Scottish Leaving Certificate Examination, 1951
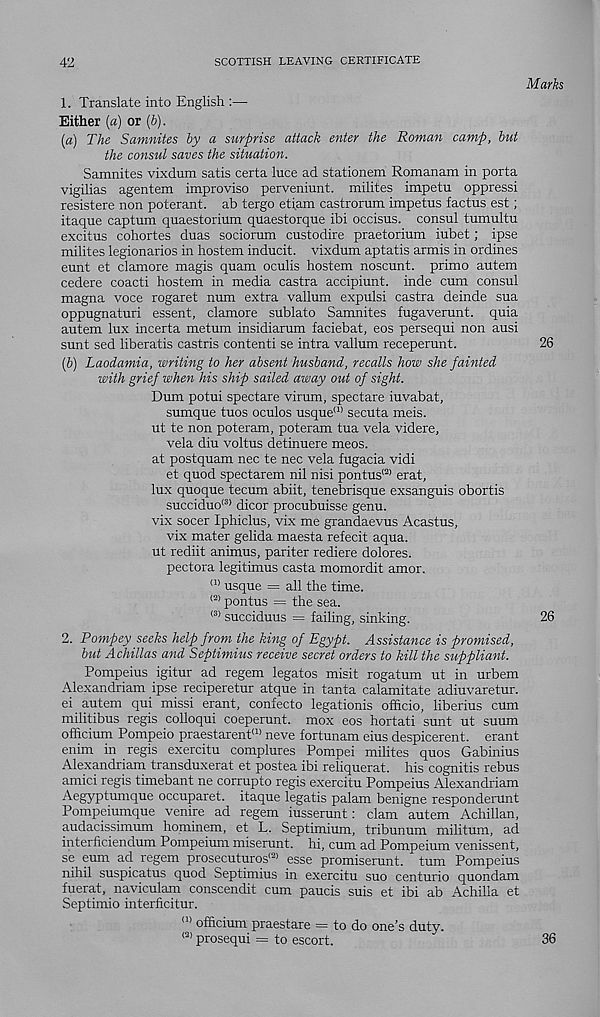
42
SCOTTISH LEAVING CERTIFICATE
Marks
1. Translate into English :—•
Either (a) or (b).
(a) The Samnites by a surprise attack enter the Roman camp, but
the consul saves the situation.
Samnites vixdum satis certa luce ad stationem Romanam in porta
vigilias agentem improviso perveniunt. milites impetu oppressi
resistere non poterant. ab tergo etiam castrorum impetus factus est;
itaque captum quaestorium quaestorque ibi occisus. consul tumultu
excitus cohortes duas sociorum custodire praetorium iubet; ipse
milites legionarios in hostem inducit. vixdum aptatis armis in ordines
eunt et clamore magis quam oculis hostem noscunt. primo autem
cedere coacti hostem in media castra accipiunt. inde cum consul
magna voce rogaret num extra vallum expulsi castra deinde sua
oppugnaturi essent, clamore sublato Samnites fugaverunt. quia
autem lux incerta metum insidiarum faciebat, eos persequi non ausi
sunt sed liberatis castris content! se intra vallum receperunt.
26
(V) Laodamia, writing to her absent husband, recalls how she fainted
with grief when his ship sailed away out of sight.
Dum potui spectare virum, spectare iuvabat,
sumque tuos oculos usque' 11 secuta meis.
ut te non poteram, poteram tua vela videre,
vela diu voltus detinuere meos.
at postquam nec te nec vela fugacia vidi
et quod spectarem nil nisi pontus' 21 erat,
lux quoque tecum abiit, tenebrisque exsanguis obortis
succiduo' 31 dicor procubuisse genu,
vix socer Iphiclus, vix me grandaevus Acastus,
vix mater gelida maesta refecit aqua,
ut rediit animus, pariter rediere dolores.
pectora legitimus casta momordit amor.
al usque = all the time.
121 pontus = the sea.
<3) succiduus = failing, sinking.
26
2. Pompey seeks help from the king of Egypt. Assistance is promised,
but Achillas and Septimius receive secret orders to kill the suppliant.
Pompeius igitur ad regem legates misit rogatum ut in urbem
Alexandriam ipse reciperetur atque in tanta calamitate adiuvaretur.
ei autem qui missi erant, confecto legationis officio, liberius cum
militibus regis colloqui coeperunt. mox eos hortati sunt ut suum
officium Pompeio praestarent' 11 neve fortunam eius despicerent. erant
enim in regis exercitu complures Pompei milites quos Gabinius
Alexandriam transduxerat et postea ibi reliquerat. his cognitis rebus
amici regis timebant ne corrupto regis exercitu Pompeius Alexandriam
Aegyptumque occuparet. itaque legatis palam benigne responderunt
Pompeiumque venire ad regem iusserunt: clam autem Achillan,
audacissimum hominem, et L. Septimium, tribunum militum, ad
interficiendum Pompeium miserunt. hi, cum ad Pompeium venissent,
se eum ad regem prosecuturos' 21 esse promiserunt. turn Pompeius
nihil suspicatus quod Septimius in exercitu suo centurio quondam
fuerat, naviculam conscendit cum paucis suis et ibi ab Achilla et
Septimio interficitur.
m officium praestare = to do one’s duty.
(2) prosequi = to escort.
36